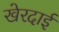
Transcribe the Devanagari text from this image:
खेरदाई